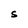
Character: S